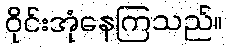
ဝိုင်းအုံနေကြသည်။